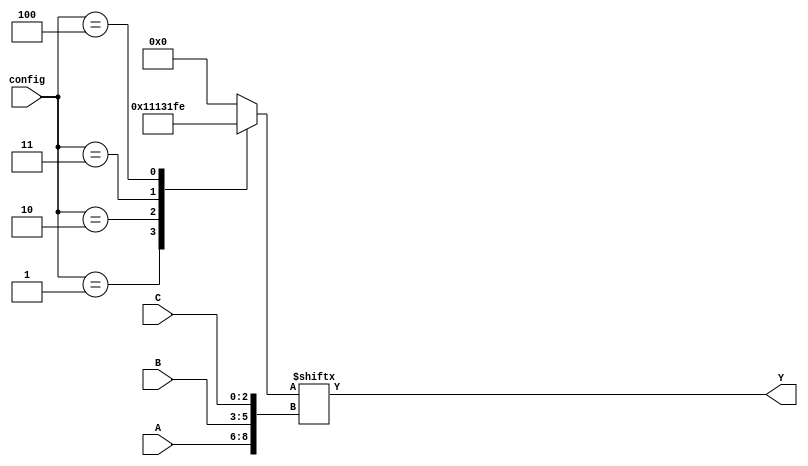
module CLB (
    input wire [2:0] A,   // Inputs (e.g., A[2:0])
    input wire [2:0] B,   // Inputs (e.g., B[2:0])
    input wire [2:0] C,   // Inputs (e.g., C[2:0])
    input wire [2:0] config, // Configuration bits for programmable connections
    output wire Y        // Output
);

// Logic function select lines based on configuration
reg [7:0] LUT;

// Initialize the LUT based on configuration
always @(*) begin
    case (config)
        3'b000: LUT = {1'b0, 1'b0, 1'b0, 1'b0, 1'b0, 1'b0, 1'b0, 1'b0}; // 0
        3'b001: LUT = {1'b0, 1'b0, 1'b0, 1'b0, 1'b0, 1'b0, 1'b0, 1'b1}; // 1
        3'b010: LUT = {1'b0, 1'b0, 1'b0, 1'b1, 1'b0, 1'b0, 1'b0, 1'b1}; // AND
        3'b011: LUT = {1'b0, 1'b0, 1'b1, 1'b1, 1'b0, 1'b0, 1'b0, 1'b1}; // OR
        3'b100: LUT = {1'b1, 1'b1, 1'b1, 1'b1, 1'b1, 1'b1, 1'b1, 1'b0}; // NOT
        // Additional configurations for other logic functions can be added here...
        default: LUT = 8'b00000000; // Defaults to 0
    endcase
end

// Output logic based on the LUT lookup
assign Y = LUT[{A, B, C}];

endmodule